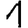
Digit: 1